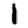
Digit: 1